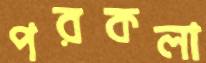
পরকলা